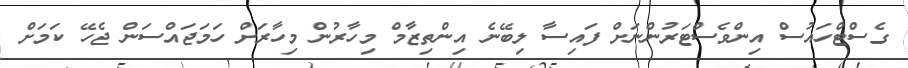
ގެސްޓްހައުސް އިންވެސްޓަރުންނަށް ފައިސާ ލިބޭނެ އިންތިޒާމް މިހާރުން މިހާރަށް ހަމަޖައްސަން ޖެހޭ ކަމަށް